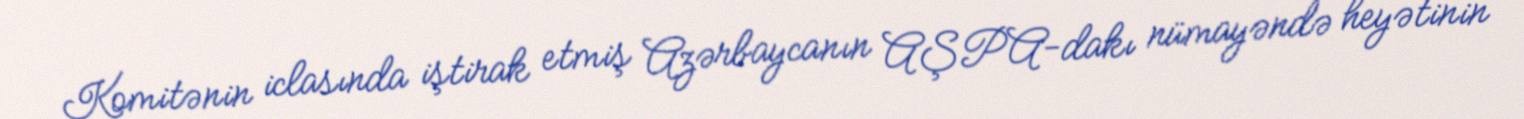
Komitənin iclasında iştirak etmiş Azərbaycanın AŞPA-dakı nümayəndə heyətinin